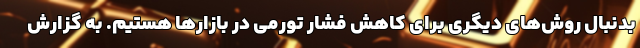
بدنبال روش‌های دیگری برای کاهش فشار تورمی در بازار‌ها هستیم. به گزارش